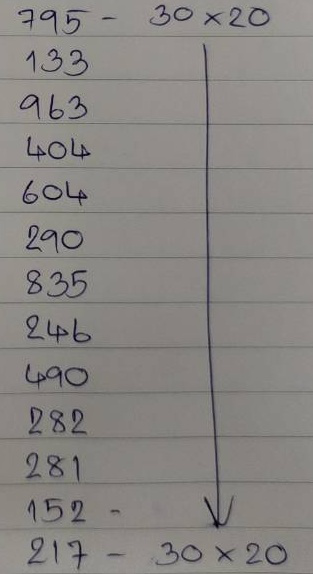
795 - 30 x 20
133 - 30 x 20
963 - 30 x 20
404 - 30 x 20
604 - 30 x 20
290 - 30 x 20
835 - 30 x 20
246 - 30 x 20
490 - 30 x 20
282 - 30 x 20
281 - 30 x 20
152 - 30 x 20
217 - 30 x 20